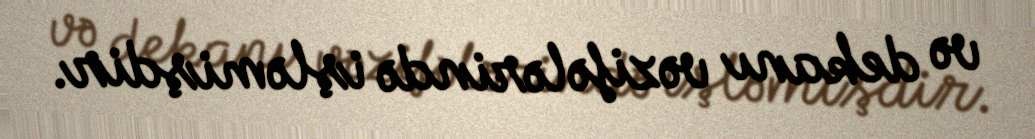
və dekanı vəzifələrində işləmişdir.